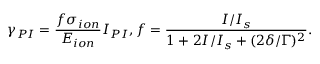
\gamma _ { P I } = \frac { f \sigma _ { i o n } } { E _ { i o n } } I _ { P I } , f = \frac { I / I _ { s } } { 1 + 2 I / I _ { s } + ( 2 \delta / \Gamma ) ^ { 2 } } .